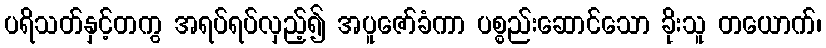
ပရိသတ်နှင့်တကွ အရပ်ရပ်လှည့်၍ အပူဇော်ခံကာ ပစ္စည်းဆောင်သော ခိုးသူ တယောက်၊